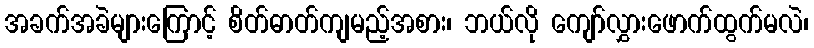
အခက်အခဲများကြောင့် စိတ်ဓာတ်ကျမည့်အစား၊ ဘယ်လို ကျော်လွှားဖောက်ထွက်မလဲ၊